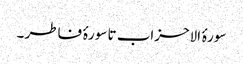
سورۂ الاحزاب تا سورۂ فاطر ۔